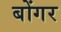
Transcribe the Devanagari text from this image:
बोंगर